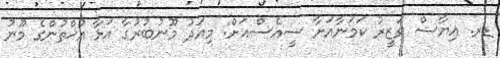
ޑރ. އިޔާޟް ވަޒީރު ކަމަނާއަށާ ސީއެސްއަށް: މިއަދު މޫނުބުރުގާ އަޅާ އުޚްތުންގެ މޫނު